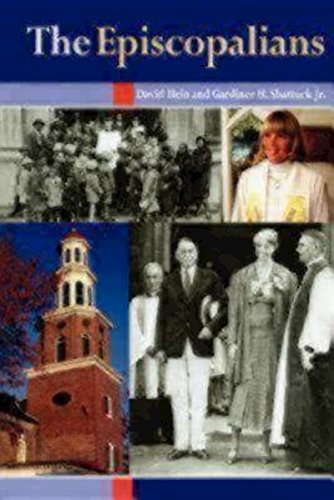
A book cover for The Episcopalians; David Hein; Christian Books & Bibles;